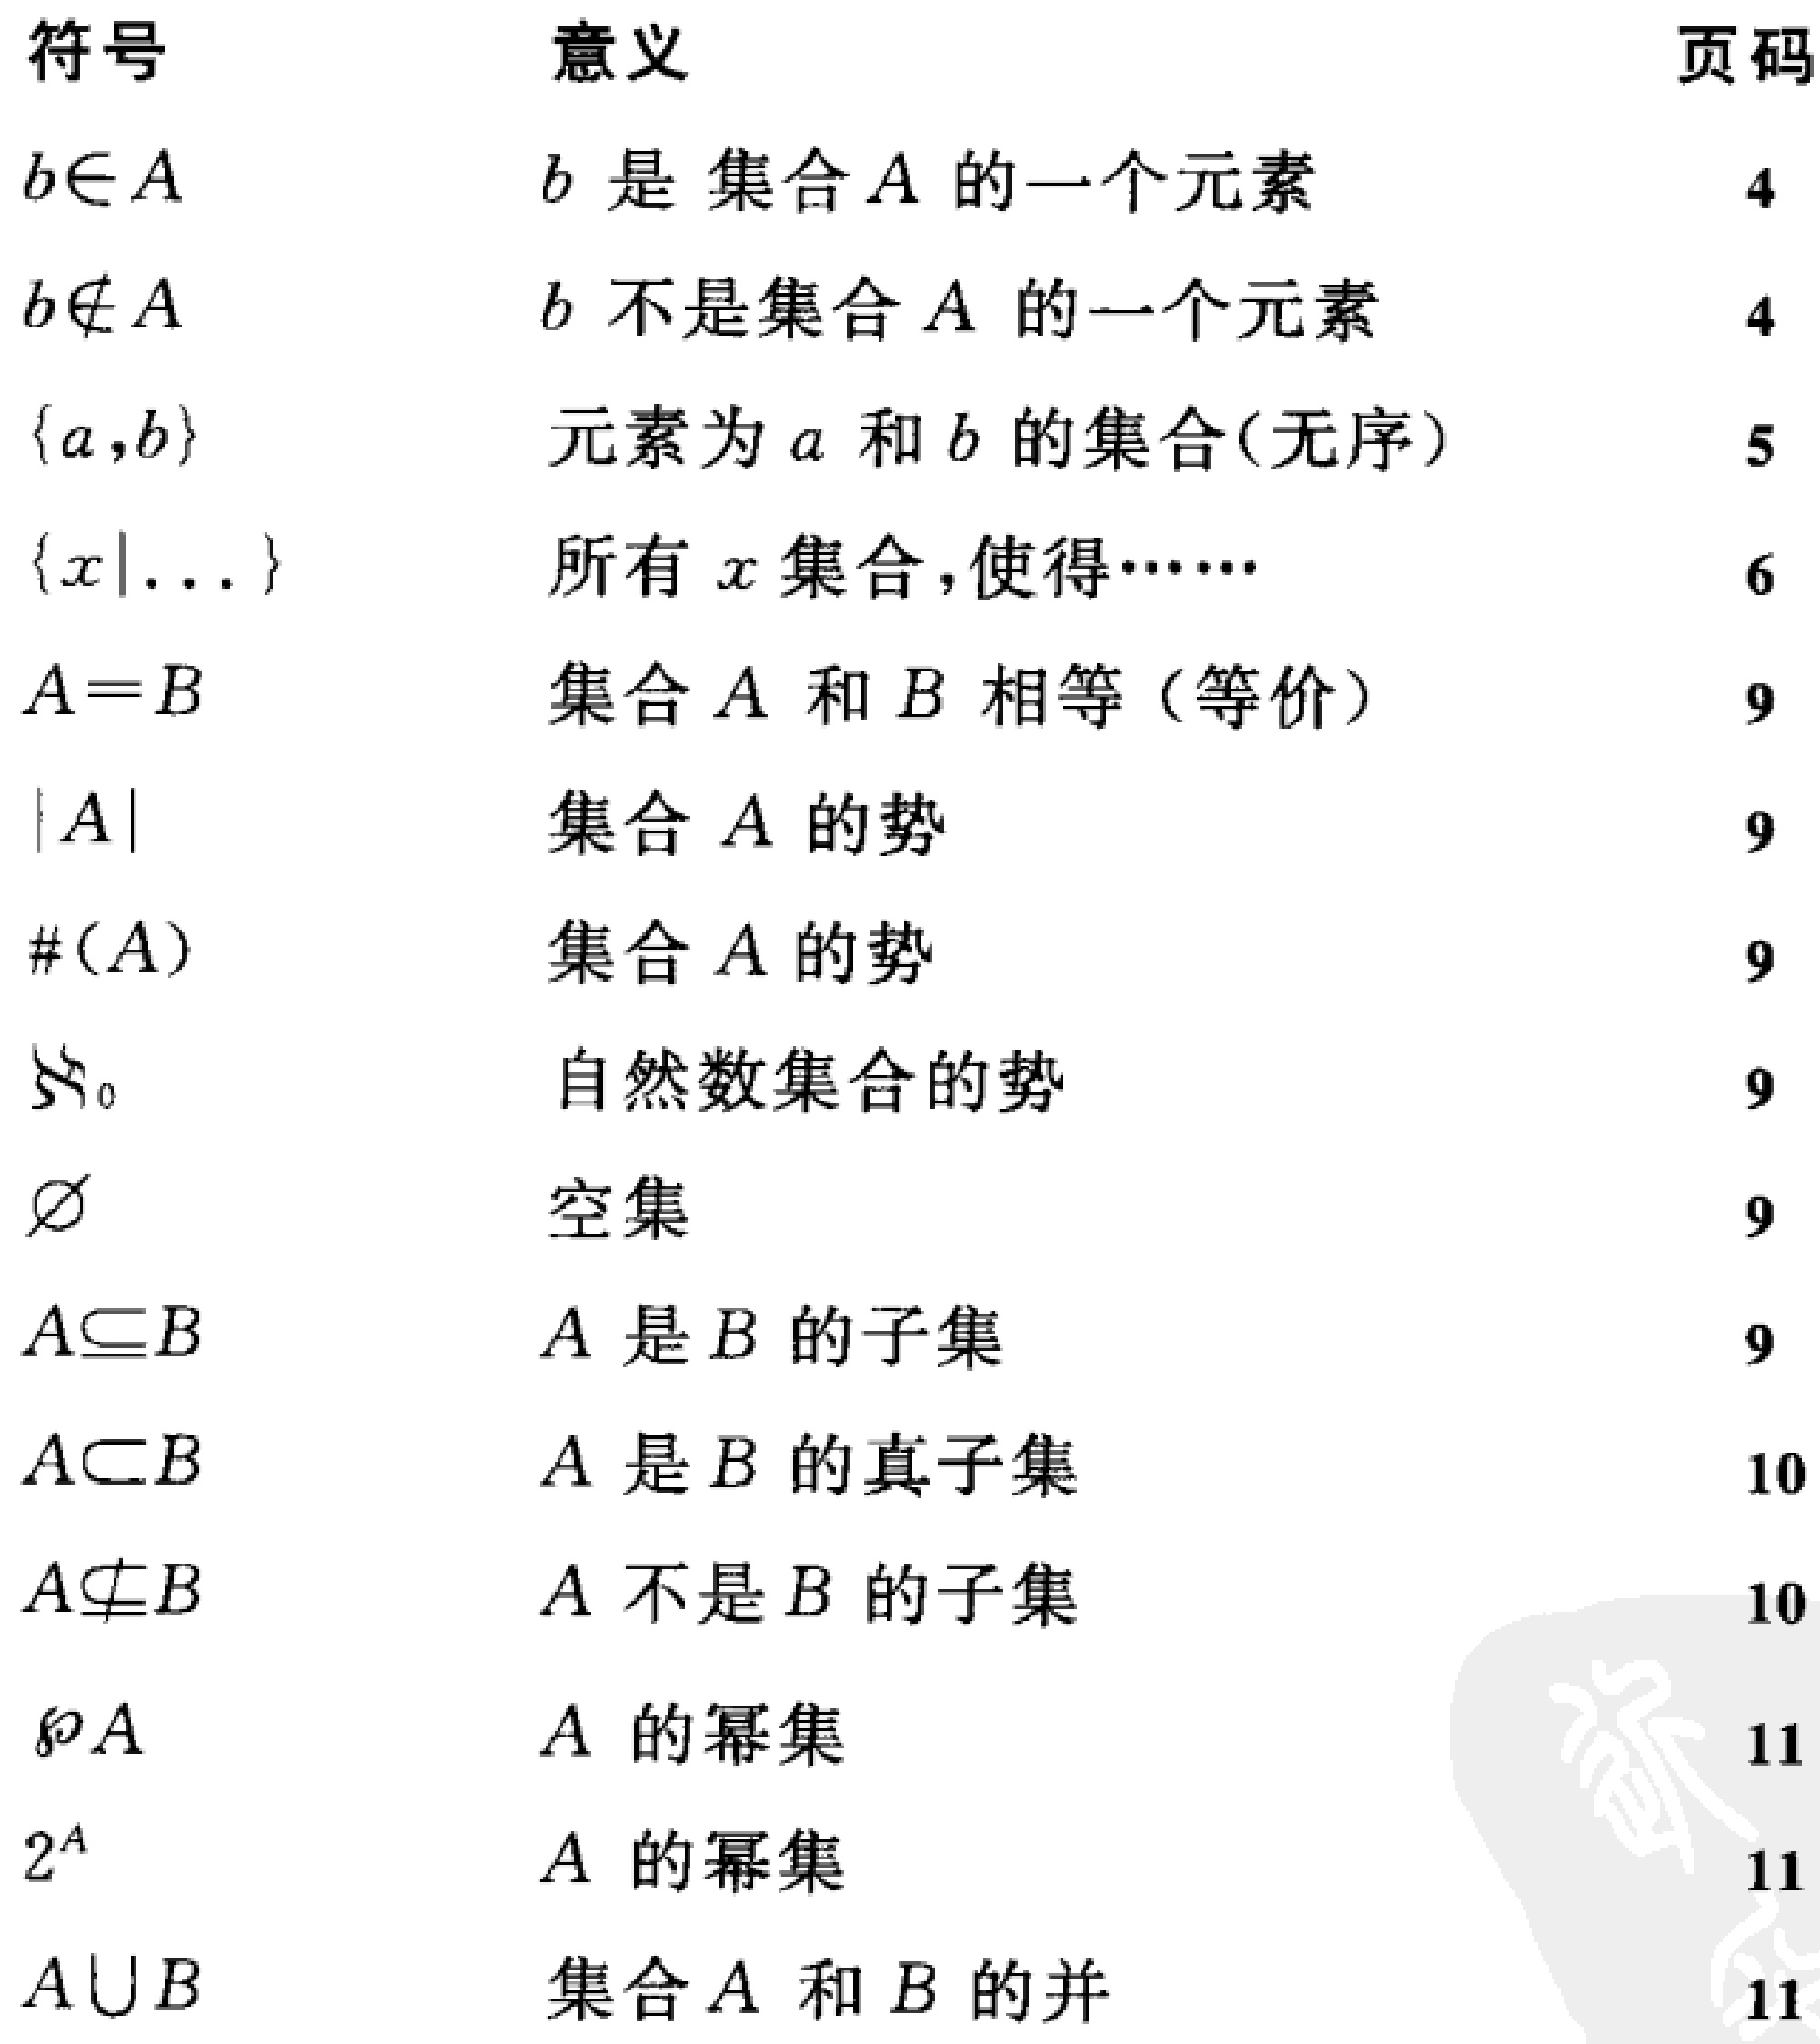
|符号|意义|页码|
| ---- | ---- | ---- |
|$b\in A$|$b$ 是 集合 $A$ 的一个元素|4|
|$b\notin A$|$b$ 不是集合 $A$ 的一个元素|4|
|$\{a,b\}$|元素为 $a$ 和 $b$ 的集合(无序)|5|
|$\{x|\ldots\}$|所有 $x$ 集合,使得……|6|
|$A = B$|集合 $A$ 和 $B$ 相等（等价）|9|
|$|A|$|集合 $A$ 的势|9|
|$\#(A)$|集合 $A$ 的势|9|
|$\aleph_0$|自然数集合的势|9|
|$\varnothing$|空集|9|
|$A\subseteq B$|$A$ 是 $B$ 的子集|9|
|$A\subset B$|$A$ 是 $B$ 的真子集|10|
|$A\nsubseteq B$|$A$ 不是 $B$ 的子集|10|
|$\wp A$|$A$ 的幂集|11|
|$2^A$|$A$ 的幂集|11|
|$A\cup B$|集合 $A$ 和 $B$ 的并|11|